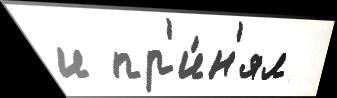
и пр'и́н'ял